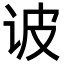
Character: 诐